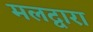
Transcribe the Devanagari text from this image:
मलद्वारा